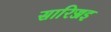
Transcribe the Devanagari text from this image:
सारिज्जइ